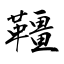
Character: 韁